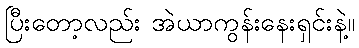
ပြီးတော့လည်း အဲယာကွန်းနေးရှင်းနဲ့။